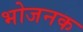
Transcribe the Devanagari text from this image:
भोजनक